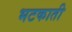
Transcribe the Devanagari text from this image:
भटकाती